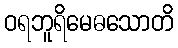
ဝရဘူရိမေဓသောတိ